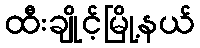
ထီးချိုင့်မြို့နယ်